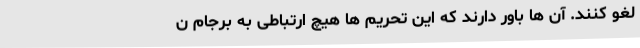
لغو کنند. آن ها باور دارند که این تحریم ها هیچ ارتباطی به برجام ن